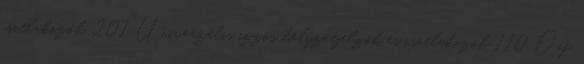
csatlakozók 201 Univerzális izzós helyzetjelzők és csatlakozók 110 Daf